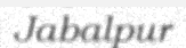
Jabalpur